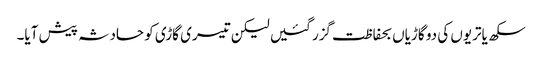
سکھ یاتریوں کی دو گاڑیاں بحفاظت گزر گئیں لیکن تیسری گاڑی کو حادثہ پیش آیا۔